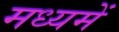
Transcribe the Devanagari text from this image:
मध्‍यमें